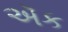
ઍક